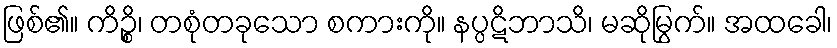
ဖြစ်၏။ ကိဉ္စိ၊ တစုံတခုသော စကားကို။ နပ္ပဋိဘာသိ၊ မဆိုမြွက်။ အထခေါ၊